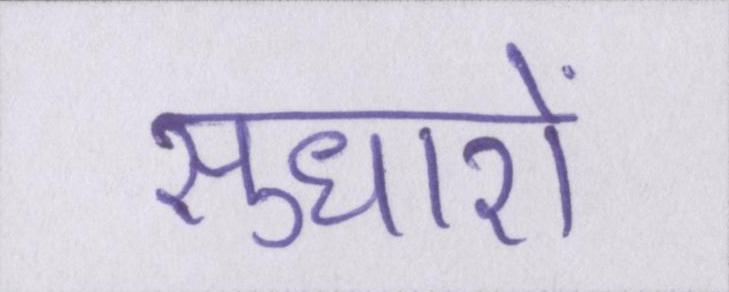
सुधारों